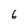
Character: 6